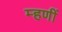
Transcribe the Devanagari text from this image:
म्हणीं